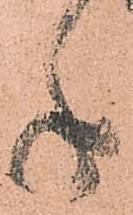
手